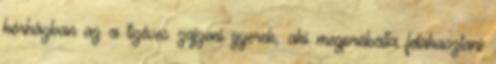
kórházban az a tízéves zajzoni gyerek, aki megpróbálta felakasztani